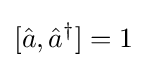
[{\hat {a}},{\hat {a}}^{\dagger }]=1